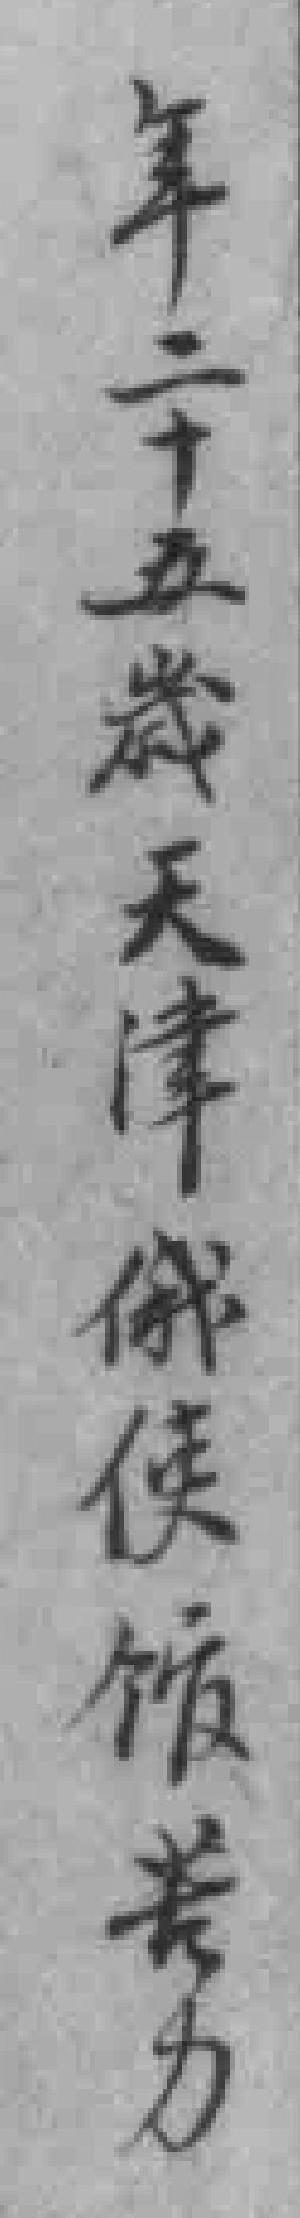
年二十五歲天津俄使馆苦力